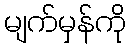
မျက်မှန်ကို